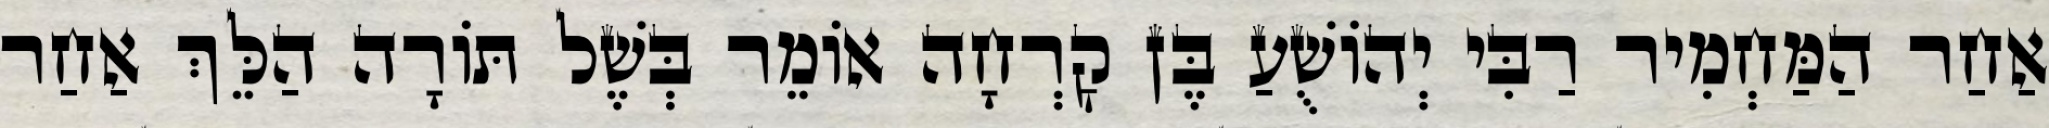
אַחַר הַמַּחְמִיר רַבִּי יְהוֹשֻׁעַ בֶּן קׇרְחָה אוֹמֵר בְּשֶׁל תּוֹרָה הַלֵּךְ אַחַר